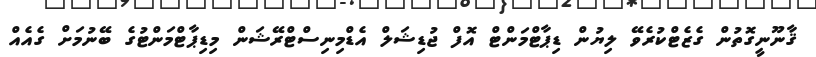
ޤާނޫނީގޮތުން ގެޒެޓްކުރެވޭ ލިޔުން ޑިޕާޓްމަންޓް އޮފް ޖުޑިޝަލް އެޑްމިނިސްޓްރޭޝަން މިޑިޕާޓްމަންޓުގެ ބޭނުމަށް ގެއެއް